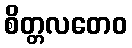
စိတ္တလတေဝ